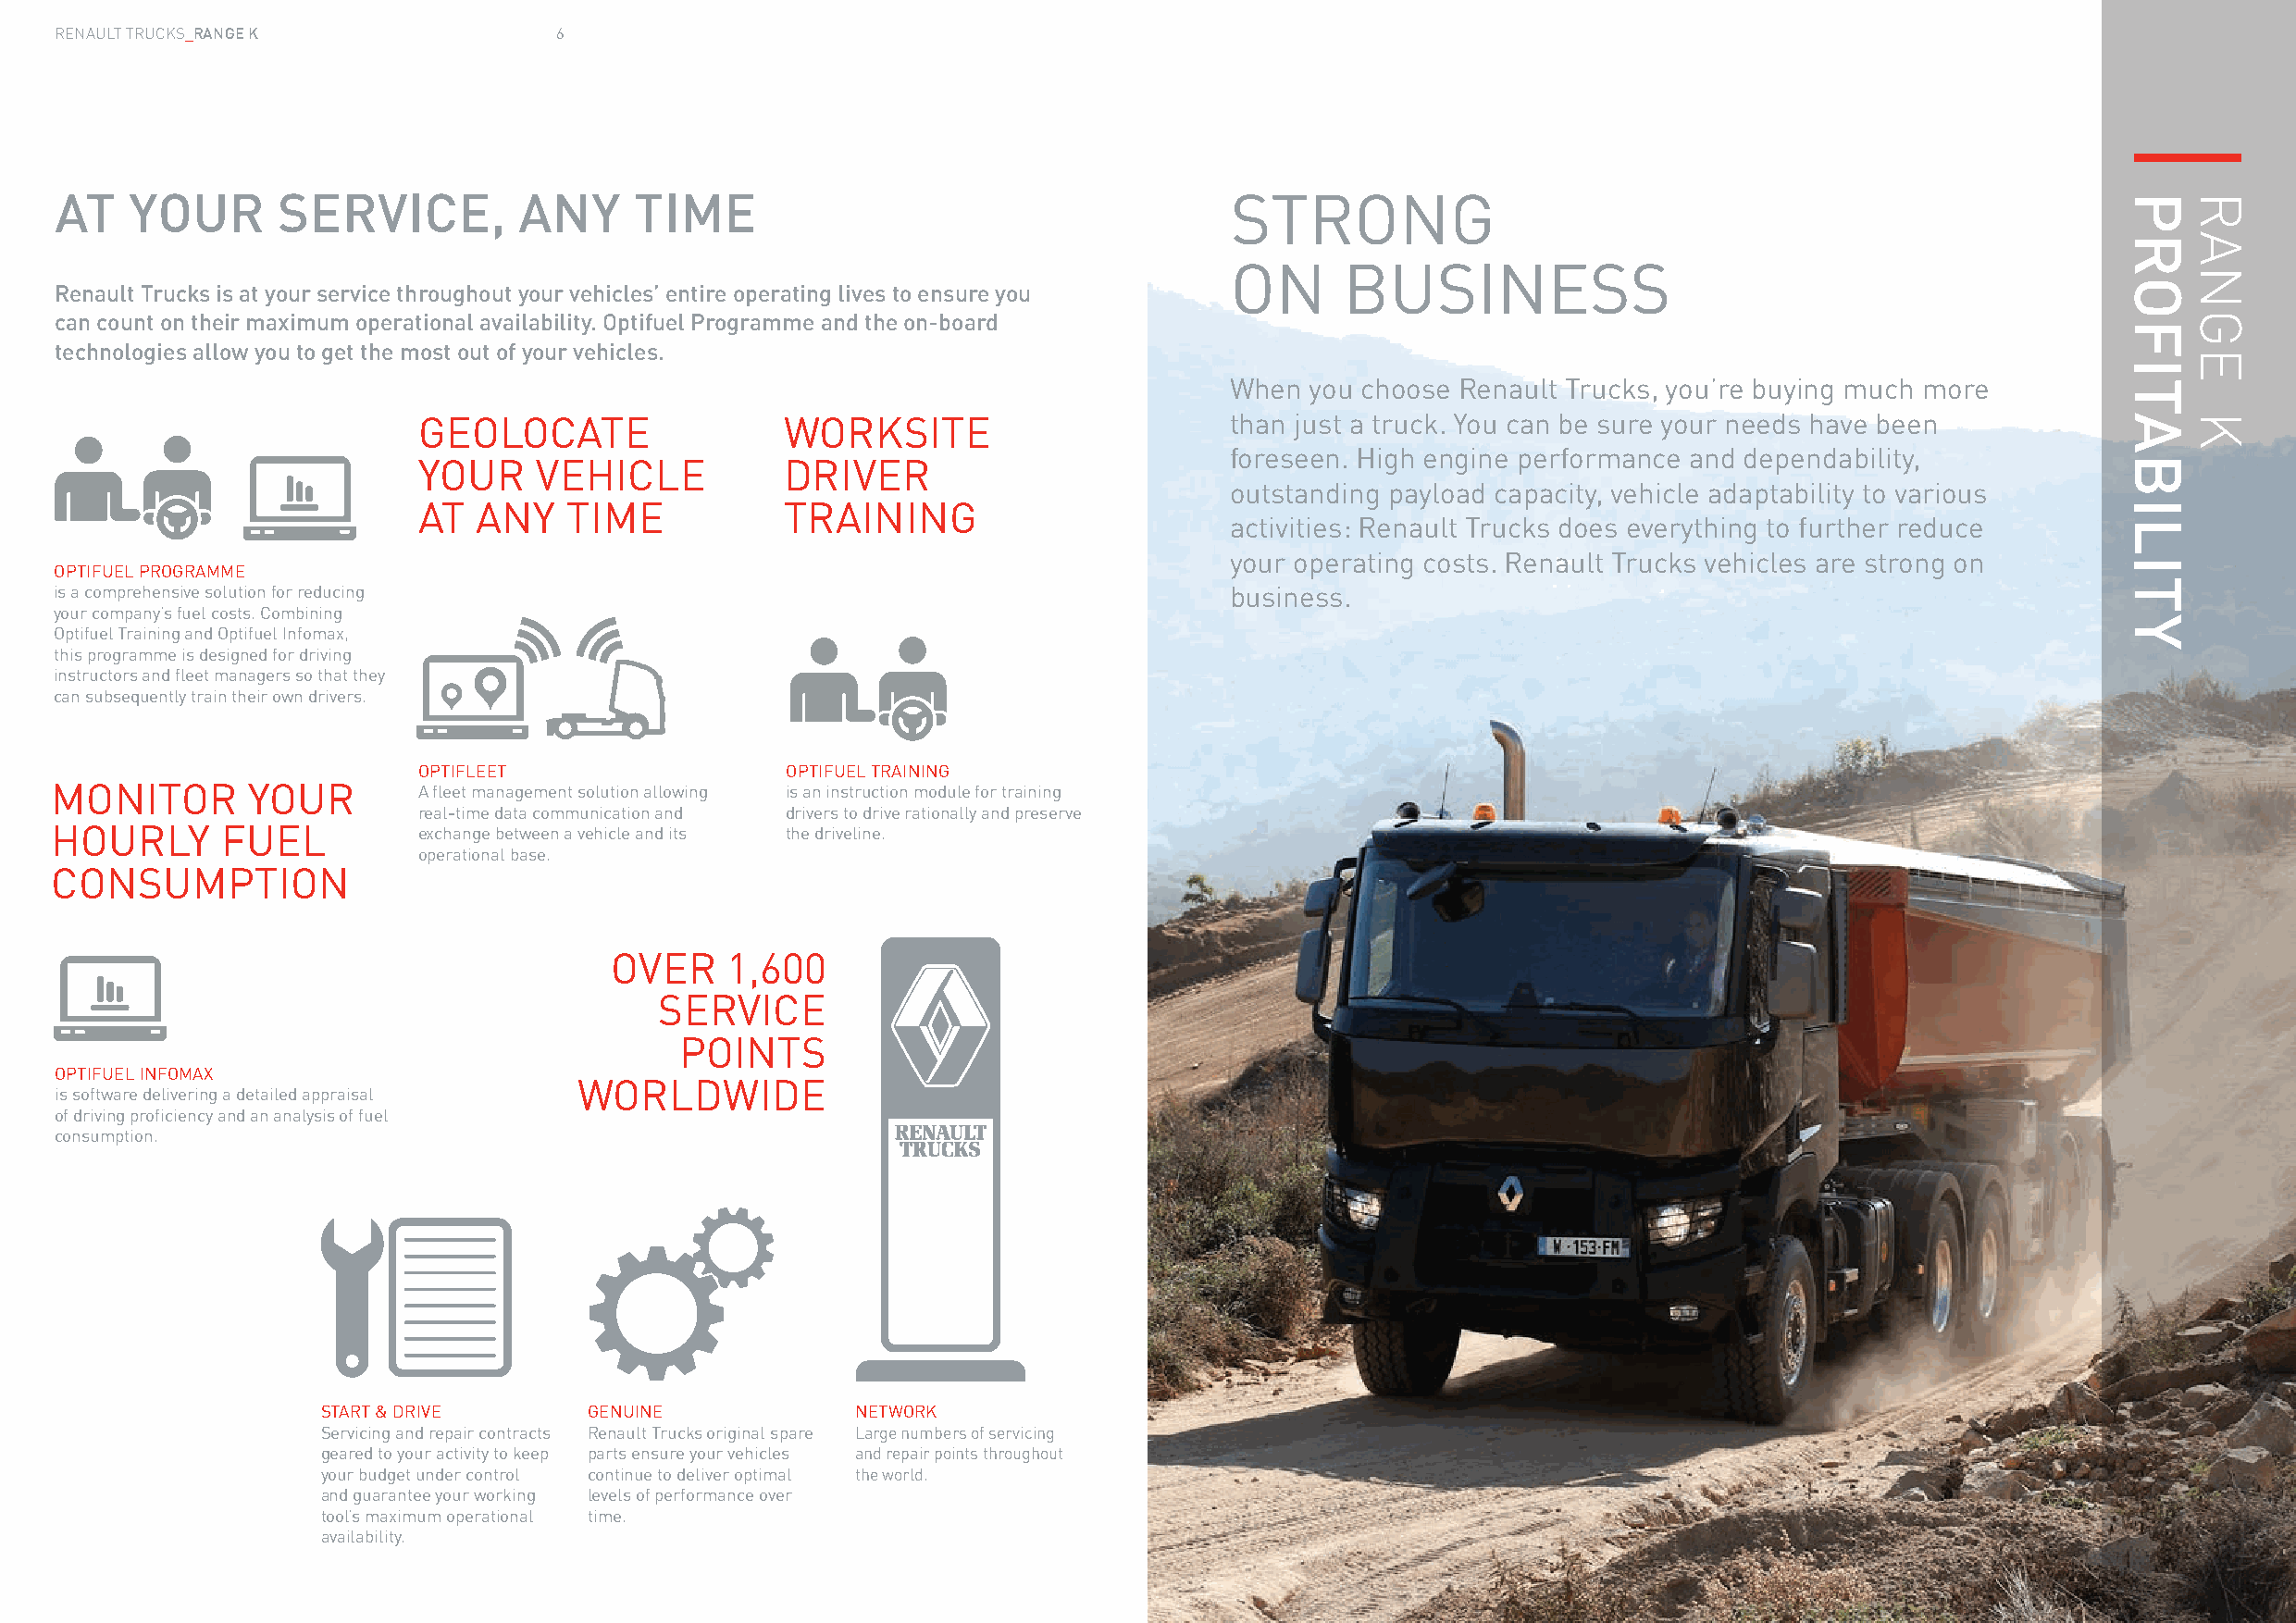
RENAULT TRUCKS_RANGE K              6
 AT   YOUR       SERVICE,         ANY     TIME                                       STRONG
 ON      BUSINESS
 Renault Trucks is at your service throughout your vehicles’ entire operating lives to ensure you
 can count on their maximum operational availability. Optifuel Programme and the on-board
 technologies allow you to get the most out of your vehicles.
 When  you choose Renault Trucks, you’re buying much more
 GEOLOCATE                 WORKSITE                        than just a truck. You can be sure your needs have been
 foreseen. High engine performance and dependability,
 YOUR    VEHICLE           DRIVER
 outstanding payload capacity, vehicle adaptability to various
 AT  ANY    TIME           TRAINING
 activities: Renault Trucks does everything to further reduce
 your operating costs. Renault Trucks vehicles are strong on
 OPTIFUEL PROGRAMME
 is a comprehensive solution for reducing                                            business.
 your company’s fuel costs. Combining
 Optifuel Training and Optifuel Infomax,
 this programme is designed for driving
 instructors and fleet managers so that they
 can subsequently train their own drivers.
 OPTIFLEET                 OPTIFUEL TRAINING
 MONITOR       YOUR        A fleet management solution allowing is an instruction module for training
 real-time data communication and drivers to drive rationally and preserve
 HOURLY      FUEL          exchange between a vehicle and its the driveline.
 operational base.
 CONSUMPTION
 OVER    1,600
 SERVICE
 POINTS
 OPTIFUEL INFOMAX
 WORLDWIDE
 is software delivering a detailed appraisal
 of driving proficiency and an analysis of fuel
 consumption.
 START & DRIVE      GENUINE            NETWORK
 Servicing and repair contracts Renault Trucks original spare Large numbers of servicing
 geared to your activity to keep parts ensure your vehicles and repair points throughout
 your budget under control continue to deliver optimal the world.
 and guarantee your working levels of performance over
 tool’s maximum operational time.
 availability.
 PROFITABILITY RANGE
 K